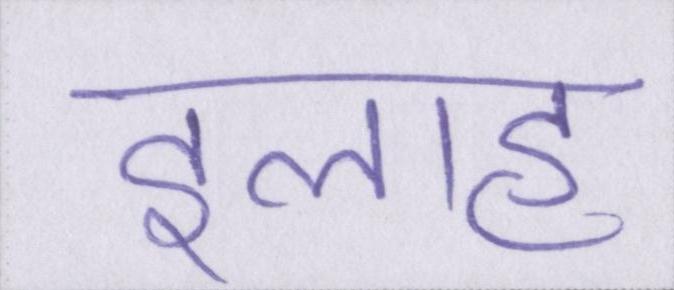
इलाह